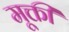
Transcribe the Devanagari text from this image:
मूक्ती